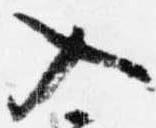
入